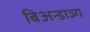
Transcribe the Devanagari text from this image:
बिअन्डाञ्ग